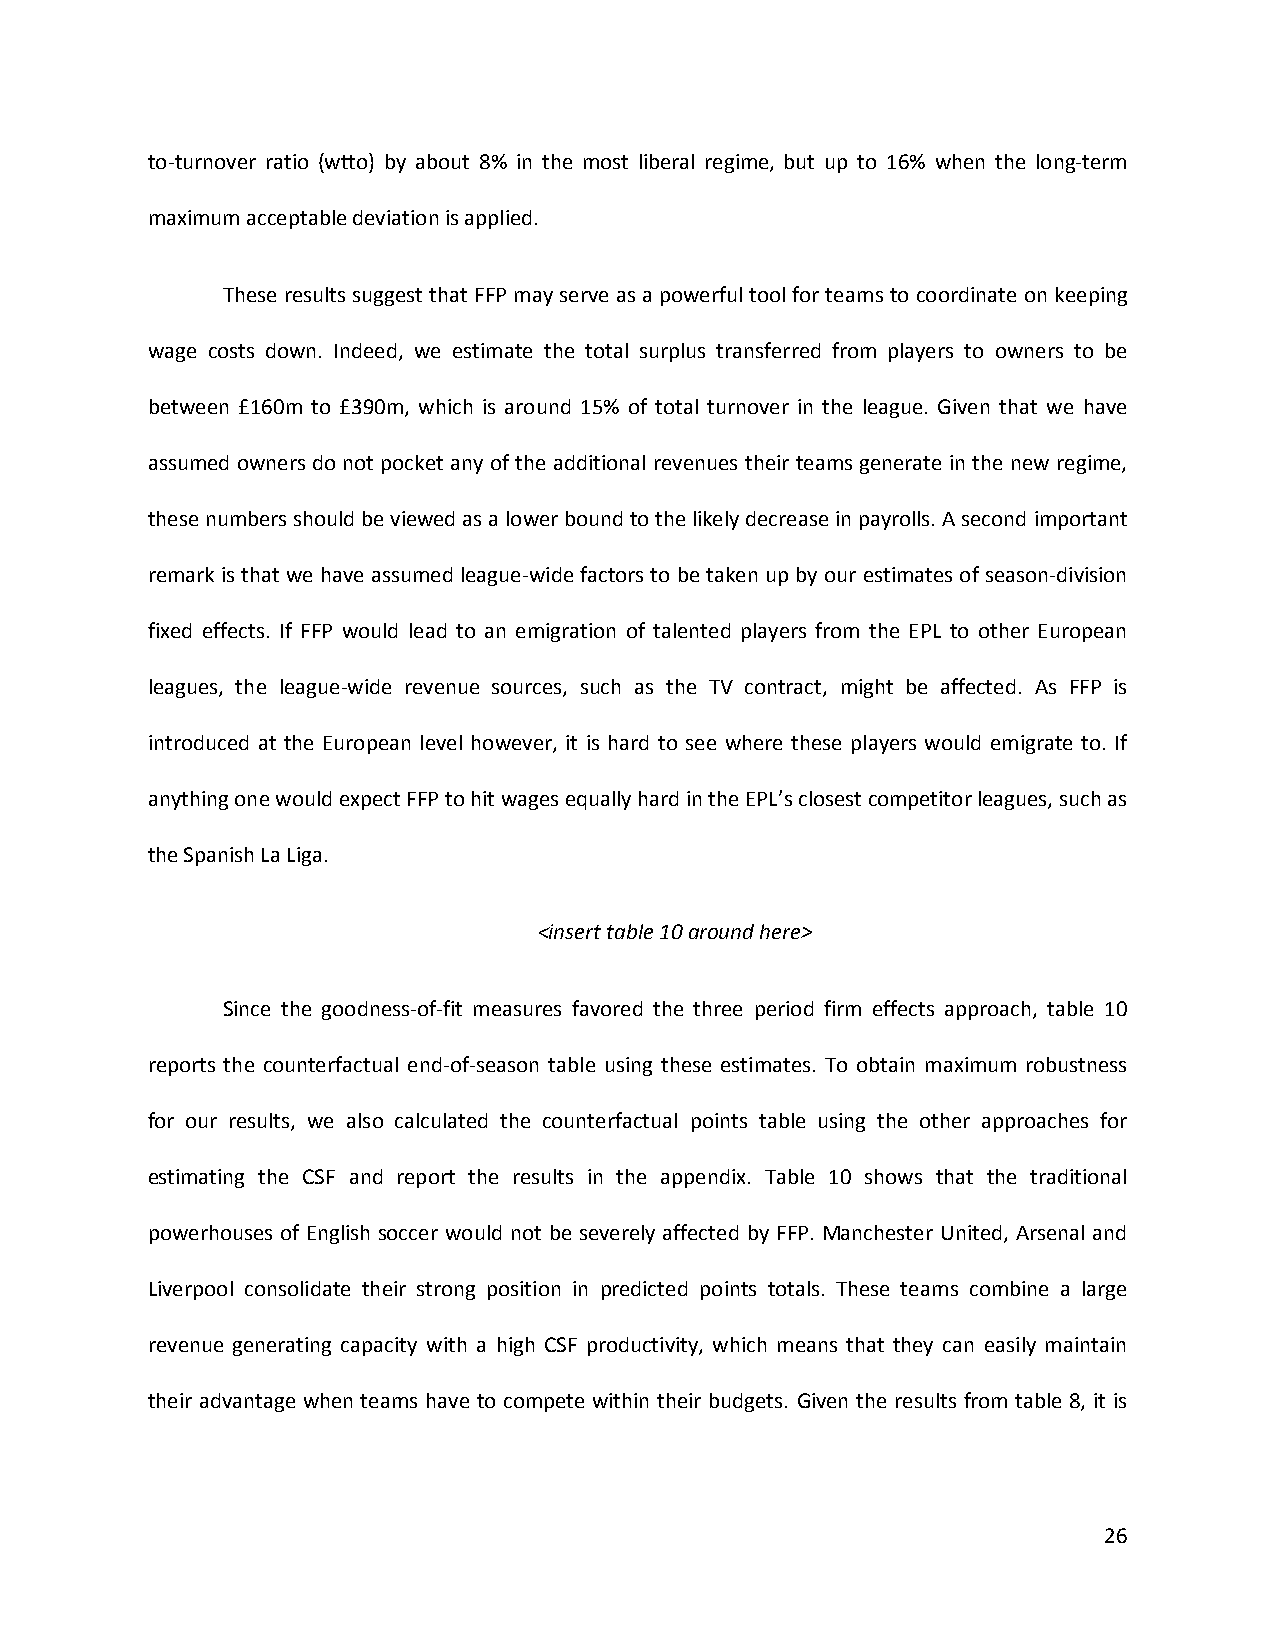
to-turnover ratio (wtto) by about 8% in the most liberal regime, but up to 16% when the long-term
 maximum acceptable deviation is applied.
 These results suggest that FFP may serve as a powerful tool for teams to coordinate on keeping
 wage costs down. Indeed, we estimate the total surplus transferred from players to owners to be
 between £160m to £390m, which is around 15% of total turnover in the league. Given that we have
 assumed owners do not pocket any of the additional revenues their teams generate in the new regime,
 these numbers should be viewed as a lower bound to the likely decrease in payrolls. A second important
 remark is that we have assumed league-wide factors to be taken up by our estimates of season-division
 fixed effects. If FFP would lead to an emigration of talented players from the EPL to other European
 leagues, the league-wide revenue sources, such as the TV contract, might be affected. As FFP is
 introduced at the European level however, it is hard to see where these players would emigrate to. If
 anything one would expect FFP to hit wages equally hard in the EPL’s closest competitor leagues, such as
 the Spanish La Liga.
 <insert table 10 around here>
 Since the goodness-of-fit measures favored the three period firm effects approach, table 10
 reports the counterfactual end-of-season table using these estimates. To obtain maximum robustness
 for our results, we also calculated the counterfactual points table using the other approaches for
 estimating the CSF and report the results in the appendix. Table 10 shows that the traditional
 powerhouses of English soccer would not be severely affected by FFP. Manchester United, Arsenal and
 Liverpool consolidate their strong position in predicted points totals. These teams combine a large
 revenue generating capacity with a high CSF productivity, which means that they can easily maintain
 their advantage when teams have to compete within their budgets. Given the results from table 8, it is
 26